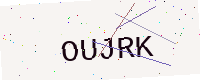
Text: OUJRK